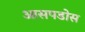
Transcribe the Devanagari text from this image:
आसपडोस